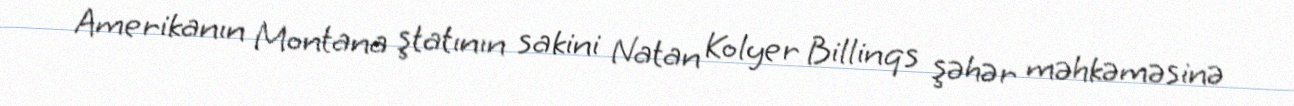
Amerikanın Montana ştatının sakini Natan Kolyer Billinqs şəhər məhkəməsinə